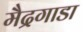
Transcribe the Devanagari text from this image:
मैद्रगाडा